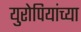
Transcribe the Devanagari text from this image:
युरोपियांच्या